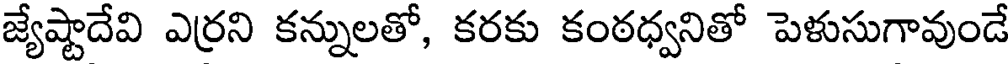
జ్యేష్టాదేవి ఎర్రని కన్నులతో, కరకు కంఠధ్వనితో పెళుసుగావుండే